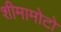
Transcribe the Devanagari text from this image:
शीमामोटो